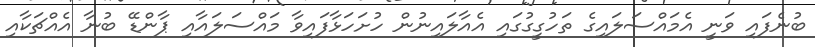
ބުނެފައި ވަނީ އެމައްސަލައިގެ ތަހުގީގުގައި އެއާލައިނުން ހުށަހަޅާފައިވާ މައްސަލައާއި ޕާންޑޭ ބުނާ އެއްޗަކާއި